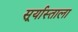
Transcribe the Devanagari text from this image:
सूर्यास्ताला